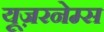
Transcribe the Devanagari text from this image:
यूज़रनेम्स